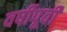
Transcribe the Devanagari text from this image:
वर्षीपूर्वी